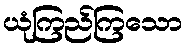
ယုံကြည်ကြသော